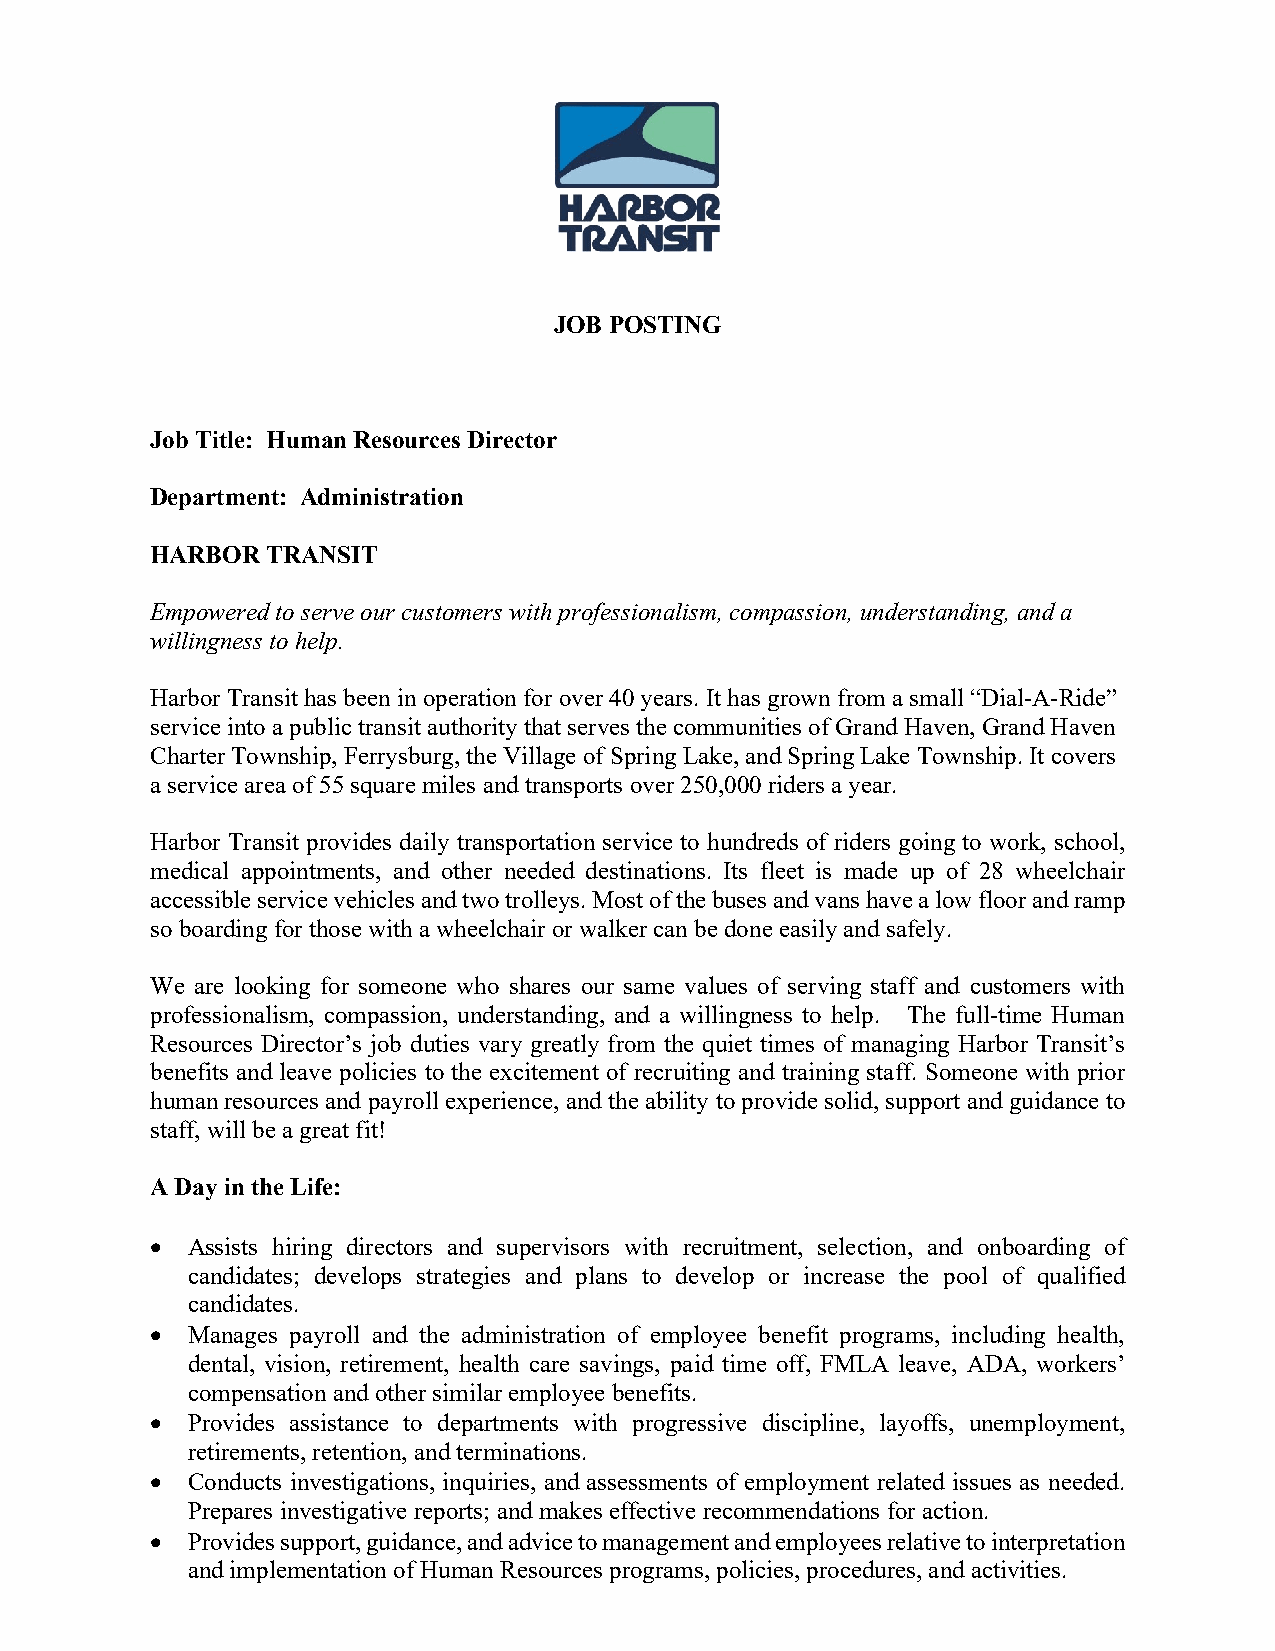
JOB POSTING
 Job Title: Human Resources Director
 Department: Administration
 HARBOR  TRANSIT
 Empowered to serve our customers with professionalism, compassion, understanding, and a
 willingness to help.
 Harbor Transit has been in operation for over 40 years. It has grown from a small “Dial-A-Ride”
 service into a public transit authority that serves the communities of Grand Haven, Grand Haven
 Charter Township, Ferrysburg, the Village of Spring Lake, and Spring Lake Township. It covers
 a service area of 55 square miles and transports over 250,000 riders a year.
 Harbor Transit provides daily transportation service to hundreds of riders going to work, school,
 medical appointments, and other needed destinations. Its fleet is made up of 28 wheelchair
 accessible service vehicles and two trolleys. Most of the buses and vans have a low floor and ramp
 so boarding for those with a wheelchair or walker can be done easily and safely.
 We are looking for someone who shares our same values of serving staff and customers with
 professionalism, compassion, understanding, and a willingness to help. The full-time Human
 Resources Director’s job duties vary greatly from the quiet times of managing Harbor Transit’s
 benefits and leave policies to the excitement of recruiting and training staff. Someone with prior
 human resources and payroll experience, and the ability to provide solid, support and guidance to
 staff, will be a great fit!
 A Day in the Life:
 • Assists hiring directors and supervisors with recruitment, selection, and onboarding of
 candidates; develops strategies and plans to develop or increase the pool of qualified
 candidates.
 • Manages payroll and the administration of employee benefit programs, including health,
 dental, vision, retirement, health care savings, paid time off, FMLA leave, ADA, workers’
 compensation and other similar employee benefits.
 • Provides assistance to departments with progressive discipline, layoffs, unemployment,
 retirements, retention, and terminations.
 • Conducts investigations, inquiries, and assessments of employment related issues as needed.
 Prepares investigative reports; and makes effective recommendations for action.
 • Provides support, guidance, and advice to management and employees relative to interpretation
 and implementation of Human Resources programs, policies, procedures, and activities.